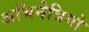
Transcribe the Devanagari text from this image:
अभिनेत्रियो